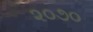
૨૦૭૦